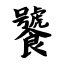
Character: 饕